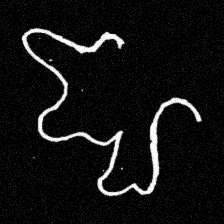
Pyu character \u2014 Myanmar letter: ဈ (romanized: jha)